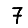
Digit: 7